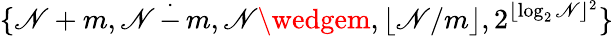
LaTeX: \{ \mathscr{N}+m,\mathscr{N}\, {\stackrel{.}{-}}\, m,\mathscr{N}\wedgem,\lfloor\mathscr{N}/m\rfloor,2^{\lfloor\log_{2}\mathscr{N}\rfloor^{2}}\}